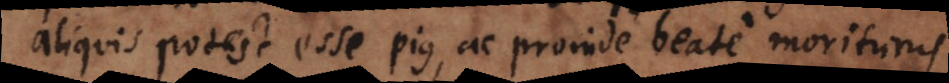
aliquis potest esse pius, ac proinde beate morituru